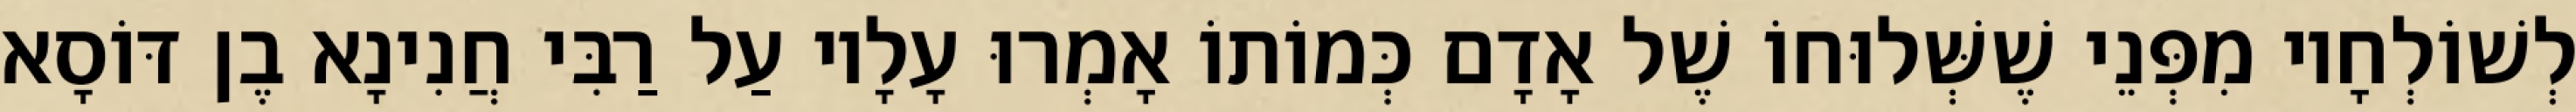
לְשׁוֹלְחָיו מִפְּנֵי שֶׁשְּׁלוּחוֹ שֶׁל אָדָם כְּמוֹתוֹ אָמְרוּ עָלָיו עַל רַבִּי חֲנִינָא בֶן דּוֹסָא